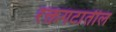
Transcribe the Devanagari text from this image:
रक्तगटातील